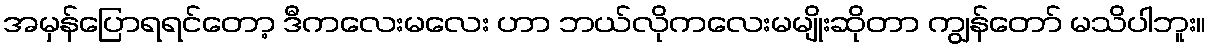
အမှန်ပြောရရင်တော့ ဒီကလေးမလေး ဟာ ဘယ်လိုကလေးမမျိုးဆိုတာ ကျွန်တော် မသိပါဘူး။